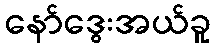
နော်ဒွေးအယ်ခူ